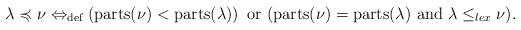
LaTeX: \begin{align*} \lambda \preccurlyeq \nu \Leftrightarrow_{\textup{def}} \left( \mathrm{parts}(\nu) < \mathrm{parts}(\lambda) \right) \textup{ or } ( \mathrm{parts}(\nu) = \mathrm{parts}(\lambda) \textup{ and } \lambda \leq_{lex} \nu ). \end{align*}